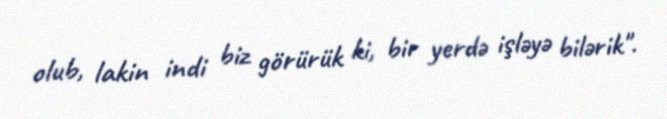
olub, lakin indi biz görürük ki, bir yerdə işləyə bilərik".